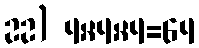
22) 4×4×4=64